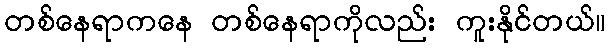
တစ်နေရာကနေ တစ်နေရာကိုလည်း ကူးနိုင်တယ်။